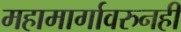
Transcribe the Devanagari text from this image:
महामार्गावरुनही